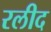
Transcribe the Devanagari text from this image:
रलीद